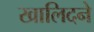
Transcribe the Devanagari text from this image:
खालिदने